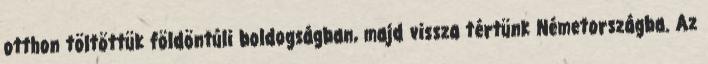
otthon töltöttük földöntúli boldogságban, majd vissza tértünk Németországba. Az